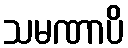
သမဏာပိ